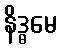
နိဒ္ဓမေ